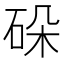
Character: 𬒋